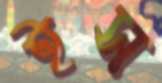
ইস